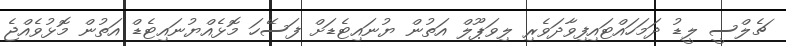
ޗެލްސީ ލީޑު ދަމަހައްޓައިފިވާދަވެރި ލިވަޕޫލް އަތުން ޔުނައިޓެޑަށް ފަސޭހަ މޮޅެއްޔުނައިޓެޑް އަތުން މޮޅުވެއްޖެ